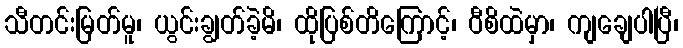
သီတင်းမြတ်မူ၊ ယွင်းချွတ်ခဲ့မိ၊ ထိုပြစ်တိကြောင့်၊ ဝီစိထဲမှာ၊ ကျချေပါပြီ၊